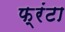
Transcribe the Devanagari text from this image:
फ्रंटा